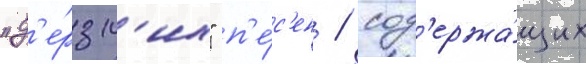
"д'е́рзк'их" п'е́с'ен / сод'ержа́щих